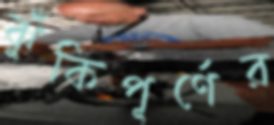
ঝুঁকিপূর্ণের